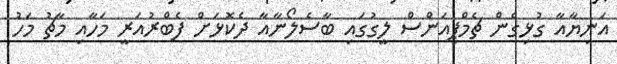
އަނިޔާއާ ގުޅިގެން ޗެމްޕިއަންސް ލީގުގައި ބާސެލޯނާއާ ދެކޮޅަށް ފެބްރުއަރީ މަހާއި މާޗު މަހު